Annual report on the working of the mental hospitals in the Madras Presidency - 1912-1932
Year: 1912
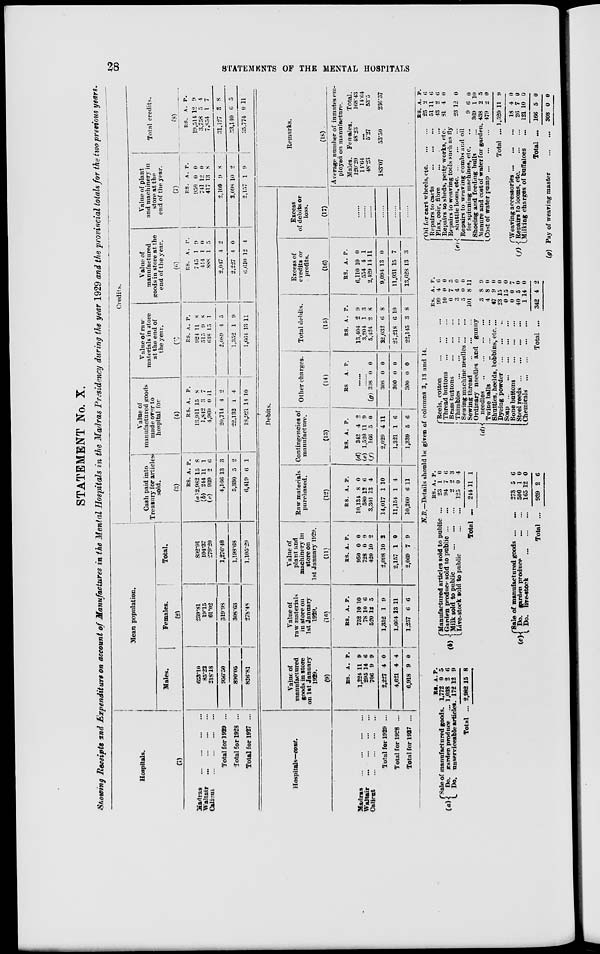
28
STATEMENTS OF THE MENTAL HOSPTALS
STATEMENT No. X.
Showing Receipts and Expenditure on account of Manufactures in the Mental Hospitals in the Madras Presidency during the year 1929 and the provincial totals for the two previous years.
Hospitals.
(1)
Madras
...
...
...
...
Waltair
...
...
...
...
Calicut
...
...
...
...
Total for 1929 ...
Total for 1928 ...
Total for 1927 ...
Mean population.
Males.
Females.
Total.
(2)
653.10
85.22
218.18
956.50
890.05
826.81
239.81
19.15
61.02
319.98
308.63
278.48
892.91
104.37
279.20
1,276.48
1,198.68
1,105.29
Credits.
Cash paid into
Treasury for articles
sold.
(3)
RS.
(a) 12,982
(b) 244
(c) 939
4,166
5,330
6,419
A.
15
11
2
13
5
6
P.
8
1
6
3
2
1
Value of
manufactured goods
made over to
hospital for
(4)
RS.
13,911
1,842
4,960
20,714
22,132
18,921
A.
15
3
0
4
1
14
P.
8
7
11
2
4
10
Value of raw
materials in store
at the end of
the year.
(5)
RS.
924
515
648
2,089
1,352
1,664
A.
11
9
15
4
1
13
P.
8
8
1
5
9
11
Value of
manufactured
goods in store at the
end of the year.
(6)
RS.
7 15
414
888
2,017
2,227
6,610
A.
1
1
1
4
4
12
P.
9
0
5
2
0
4
Value of plant
and machinery in
store at the
end of the year.
(7)
RS.
950
741
417
2,109
3,098
2,157
A.
0
12
13
9
10
1
P.
0
0
8
8
2
9
Total credits.
(8)
RS.
19,514
3,758
7,854
31,127
33,140
35,774
A.
12
5
1
3
6
0
P.
9
4
7
8
5
11
Hospitals—cont.
Madras
...
...
...
...
Waltair ... ... ... ...
Calicut ... ... ... ...
Total for 1929 ...
Total for 1928 ...
Total for 1927 ...
Debits.
Value of
manufactured
goods in store
on 1st January
1929.
(9)
RS.
1,224
295
706
2,227
4,621
6,918
A.
11
14
9
4
4
9
P.
9
6
9
0
4
0
Value of
raw materials
in store on
1st January
1929.
(10)
RS.
752
78
520
1,352
1,664
1,257
A.
10
10
12
1
13
6
P.
10
6
5
9
11
6
Value of
plant and
machinery in
store on
1st January 1929.
(11)
RS.
950
728
420
2,098
2,157
2,069
A.
0
0
10
10
1
7
P.
0
9
2
2
9
9
Raw materials
purchased.
(12)
RS.
10,134
580
3,301
14,017
11,154
10,260
A.
8
12
13
1
1
6
P.
0
6
4
10
4
11
Contingencies of
manufacture.
(13)
RS.
(d)
342
(e) 1,520
(f)
166
2,029
1,321
1,339
A.
4
11
5
4
1
5
P.
2
9
0
11
6
6
Other charges.
(14)
RS A.
P.
......
......
(g) 308
308
300
300
0
0
0
0
0
0
0
0
Total debits.
(15)
RS.
13,404
3,204
5,424
22,032
21,218
22,145
A.
2
1
2
6
6
3
P.
9
3
8
8
10
8
Excess of
credits or
profits.
(16)
RS.
6,110
554
2,429
9,094
11,931
13,628
A.
10
4
14
13
15
13
P.
0
1
11
0
7
3
Excess
of debits or
loss.
(17)
......
......
......
......
......
......
Remarks.
(18)
Average number of inmates em-
ployed on manufacture.
Males.
120.20
14.64
48.23
183.07
Females.
48.23
...
5.27
53.50
Total.
168.43
14.64
53.5
236.57
N.B.—Details should be given of columns 3, 13 and 14.
(a)
Sale of manufactured goods.
Do. garden produce
...
Do. unserviceable articles.
Total ...
RS.
1,772
1,038
172
2,982
A.
0
2
12
15
P.
5
6
9
8
(b)
(c)
Manufactured articles sold to public ...
Garden produce sold to public ... ...
Milk sold to public
...
...
...
Live-stock sold to public
...
...
Total ...
Sale of manufactured goods ...
...
Do. garden produce ... ...
Do.
live-stock
...
...
...
Total ...
RS.
23
94
2
125
244
273
500
165
939
A.
1
7
2
0
11
5
1
12
2
P.
0
6
3
4
1
6
0
0
6
(d) Reels, cotton
...
...
...
Thread buttons
...
...
...
Brass buttons
...
...
...
Thimbles
...
...
...
Sewing machine needles ... ...
Sewing thread
...
...
...
Ordinary needles and gunny
needles ... ... ...
Twine balls
...
...
...
Shuttles, heelds, bobbins, etc. ...
Dyeing powder
...
...
...
Soap
...
...
...
...
...
Bone buttons ... ... ...
Steel reeds
...
...
...
...
Chemicals
...
...
...
...
Total ...
RS.
99
10
0
3
5
101
3
4
47
23
0
0
40
1
342
A.
4
0
7
4
0
8
8
8
9
15
15
0
5
14
4
P.
6
0
5
0
0
11
9
0
0
0
0
7
0
0
2
(e)
Oil for cart wheels, etc.
...
...
Repairs to carts
...
...
...
Flax, coir, fibre ... ... ...
Repairs to sheds, petty works, etc.
Repairs to weaving tools such as fly
shuttle loom,etc.
...
...
...
Repairs to weaving combs and oil
for spinning machines, etc. ...
Shoeing and feeding bulls ...
Manure and cost of water for garden.
Cost of water pump
...
...
...
Total ...
RS.
25
51
43
81
23
9
369
438
479
1,520
A.
2
11
2
4
12
6
1
2
2
11
P.
6
6
6
0
0
0
10
5
0
9
(f)
(g)
Weaving accessories
...
...
...
Repairs to looms, etc.
...
...
Milking charges of buffaloes ...
Total ...
Pay of weaving master
...
...
18
26
121
166
308
4
7
10
5
0
0
0
0
0
0